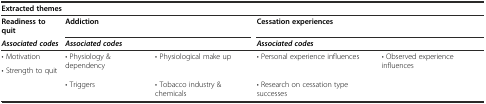
<table><thead><tr><td colspan="5"><b>Extracted themes</b></td></tr><tr><td><b>Readiness to quit</b></td><td colspan="2"><b>Addiction</b></td><td colspan="2"><b>Cessation experiences</b></td></tr><tr><td><b><i>Associated codes</i></b></td><td colspan="2"><b><i>Associated codes</i></b></td><td colspan="2"><b><i>Associated codes</i></b></td></tr></thead><tbody><tr><td>• Motivation</td><td rowspan="2">• Physiology &amp; dependency</td><td rowspan="2">• Physiological make up</td><td rowspan="2">• Personal experience influences</td><td rowspan="2">• Observed experience influences</td></tr><tr><td>• Strength to quit</td></tr><tr><td></td><td>• Triggers</td><td>• Tobacco industry &amp; chemicals</td><td>• Research on cessation type successes</td><td></td></tr></tbody></table>